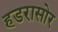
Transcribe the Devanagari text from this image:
हडरासोर